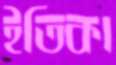
ইতিকা